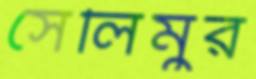
সেলিমুর